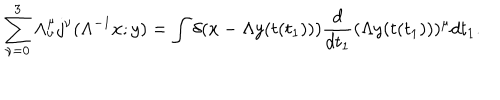
\sum _ { \nu = 0 } ^ { 3 } \Lambda _ { \nu } ^ { \mu } j ^ { \nu } ( \Lambda ^ { - 1 } x ; y ) = \int \delta ( x - \Lambda y ( t ( t _ { 1 } ) ) ) \frac { d } { d t _ { 1 } } ( \Lambda y ( t ( t _ { 1 } ) ) ) ^ { \mu } d t _ { 1 } .